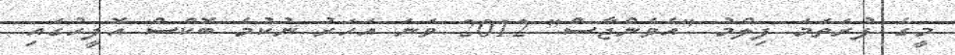
މީގެ ފުރަތަމަ ފިލްމު "އެވެންޖާސް" 2012 ވަނަ އަހަރު ނުކުމެ ބޮކްސް އޮފީހުގައި